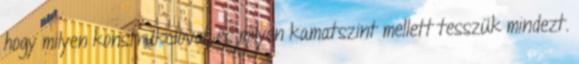
hogy milyen konstrukcióval, és milyen kamatszint mellett tesszük mindezt.